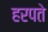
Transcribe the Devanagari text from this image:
हरपते